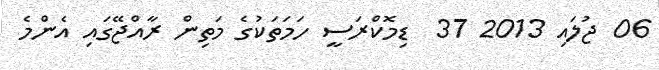
06 ޖުލައި 2013 37  ޑިމޮކްރަސީ ހަމަތަކުގެ މަތިން ރާއްޖޭގައި އެންމެ